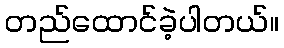
တည်ထောင်ခဲ့ပါတယ်။